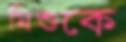
মিশুকে